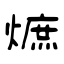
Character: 熫